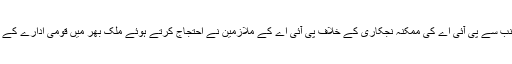
واضح رہے حکومت کی جانب سے پی آئی اے کی ممکنہ نجکاری کے خلاف پی آئی اے کے ملازمین نے احتجاج کرتے ہوئے ملک بھر میں قومی ادارے کے دفاتر کو تالے لگا دیئے ہیں۔